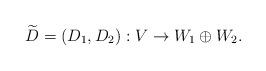
LaTeX: \begin{align*} \widetilde{D} = ( D_1 , D_2 ) : V \rightarrow W_1 \oplus W_2 .\end{align*}